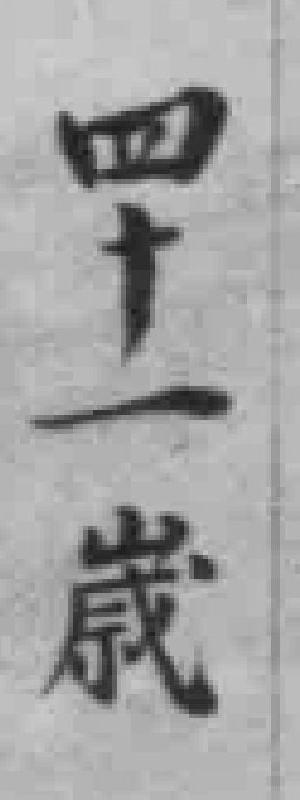
四十一歲